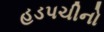
હડપચીનો